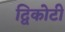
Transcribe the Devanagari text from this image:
द्विकोटी